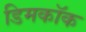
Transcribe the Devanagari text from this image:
डिमकॉक